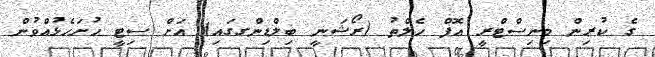
ގެ ކުރިން މިނިސްޓްރީ އޮފް ހެލްތު (ރޯޝަނީ ބިލްޑިންގގައި) އަށް ސިޓީ ހުށަހެޅުއްވުން